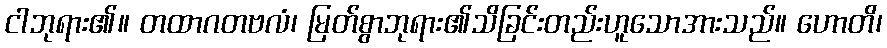
ငါဘုရား၏။ တထာဂတဗလံ၊ မြတ်စွာဘုရား၏သိခြင်းတည်းဟူသောအားသည်။ ဟောတိ၊